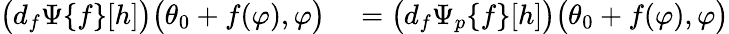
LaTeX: \begin{array}{rl}{\big(d_{f}\Psi\{ f\} [h]\big)\big(\theta_{0}+f(\varphi),\varphi\big)}&{{}=\big(d_{f}\Psi_{p}\{ f\} [h]\big)\big(\theta_{0}+f(\varphi),\varphi\big)}\end{array}